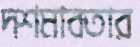
দশমাবতার